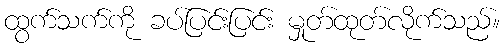
ထွက်သက်ကို ခပ်ပြင်းပြင်း မှုတ်ထုတ်လိုက်သည်။